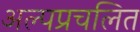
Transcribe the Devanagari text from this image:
अल्पप्रचलित